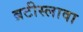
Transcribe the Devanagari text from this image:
ब्रटीस्लावा